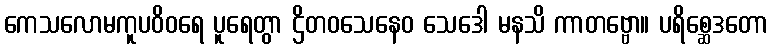
ကေသလောမကူပဝိဝရေ ပူရေတွာ ဌိတဝသေနေဝ သေဒေါ မနသိ ကာတဗ္ဗော။ ပရိစ္ဆေဒတော